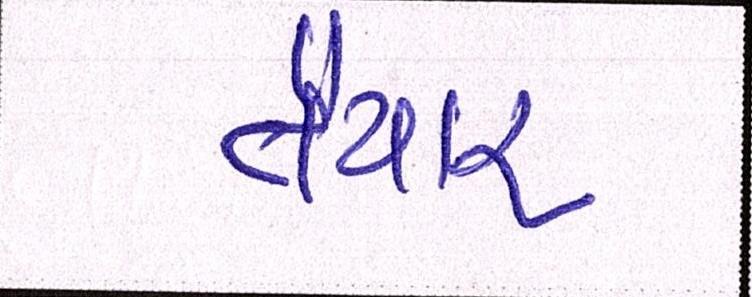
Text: તૈયાર